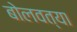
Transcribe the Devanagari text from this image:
बोलवत्या